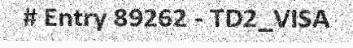
# Entry 89262 - TD2_VISA